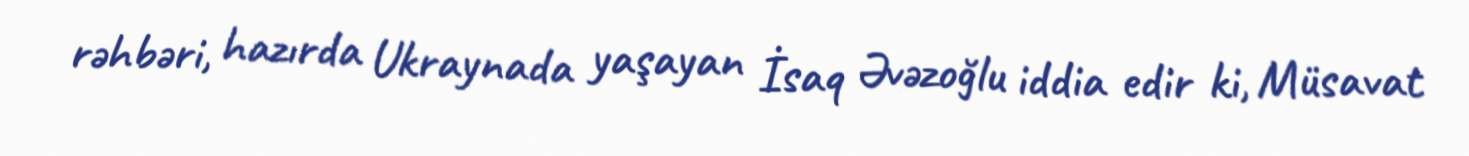
rəhbəri, hazırda Ukraynada yaşayan İsaq Əvəzoğlu iddia edir ki, Müsavat